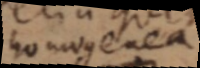
homogenea